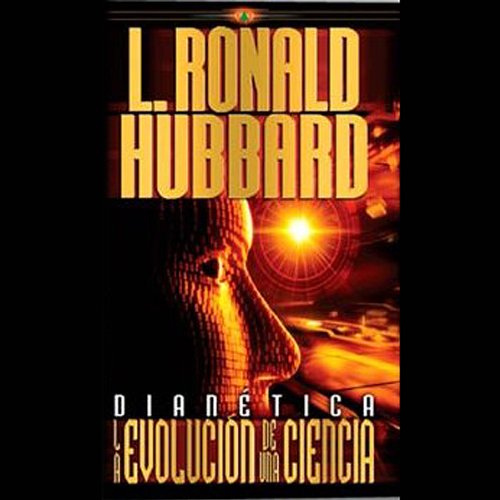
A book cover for DianÃ©tica: La EvoluciÃ³n de una Ciencia (Texto Completo); L. Ronald Hubbard; Religion & Spirituality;